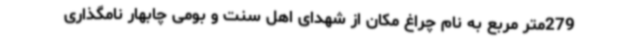
279متر مربع به نام چراغ مکان از شهدای اهل سنت و بومی چابهار نامگذاری